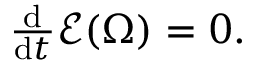
\begin{array} { r } { \frac { \mathrm { d } } { \mathrm { d } t } \mathscr { E } ( \Omega ) = 0 . } \end{array}